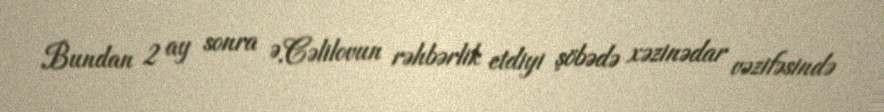
Bundan 2 ay sonra Ə.Cəlilovun rəhbərlik etdiyi şöbədə xəzinədar vəzifəsində